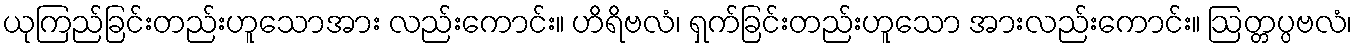
ယုကြည်ခြင်းတည်းဟူသောအား လည်းကောင်း။ ဟိရိဗလံ၊ ရှက်ခြင်းတည်းဟူသော အားလည်းကောင်း။ ဩတ္တပ္ပဗလံ၊